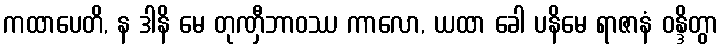
ကထာပေတိ, န ဒါနိ မေ တုဏှီဘာဝဿ ကာလော, ယထာ ခေါ ပနိမေ ရာဇာနံ ဝန္ဒိတွာ